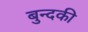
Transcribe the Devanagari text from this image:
बुन्दकी